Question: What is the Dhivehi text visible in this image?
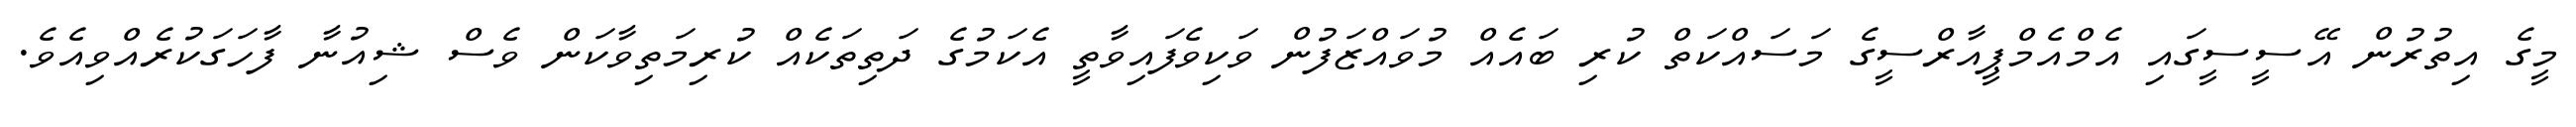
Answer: މީގެ އިތުރުން އޭސީސީގައި އެމްއެމްޕީއާރްސީގެ މަސައްކަތް ކުރި ބައެއް މުވައްޒަފުން ވަކިވެފައިވާތީ އެކަމުގެ ދަތިތަކެއް ކުރިމަތިވާކަން ވެސް ޝިއުނާ ފާހަގަކުރެއްވިއެވެ.